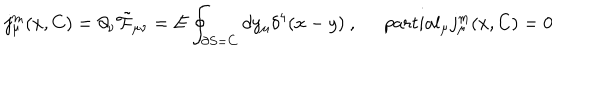
j _ { \mu } ^ { m } ( x , C ) = \partial _ { \nu } \tilde { { \cal F } } _ { \mu \nu } = E \oint _ { \partial S = C } d y _ { \mu } \delta ^ { 4 } ( x - y ) \ , \ \, p a r t i a l _ { \mu } j _ { \mu } ^ { m } ( x , C ) = 0